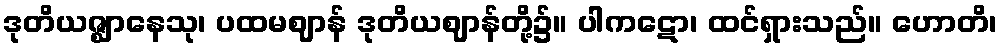
ဒုတိယဇ္ဈာနေသု၊ ပထမဈာန် ဒုတိယဈာန်တို့၌။ ပါကဋော၊ ထင်ရှားသည်။ ဟောတိ၊